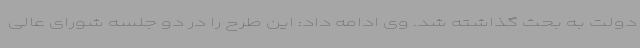
دولت به بحث گذاشته شد. وی ادامه داد: این طرح را در دو جلسه شورای عالی